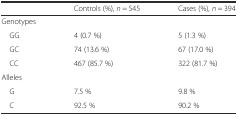
<table><thead><tr><td></td><td><b>Controls (%), <i>n</i> = 545</b></td><td><b>Cases (%), <i>n</i> = 394</b></td></tr></thead><tbody><tr><td>Genotypes</td><td></td><td></td></tr><tr><td> GG</td><td>4 (0.7 %)</td><td>5 (1.3 %)</td></tr><tr><td> GC</td><td>74 (13.6 %)</td><td>67 (17.0 %)</td></tr><tr><td> CC</td><td>467 (85.7 %)</td><td>322 (81.7 %)</td></tr><tr><td>Alleles</td><td></td><td></td></tr><tr><td> G</td><td>7.5 %</td><td>9.8 %</td></tr><tr><td> C</td><td>92.5 %</td><td>90.2 %</td></tr></tbody></table>